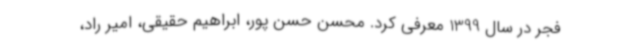
فجر در سال 1399 معرفی کرد. محسن حسن پور، ابراهیم حقیقی، امیر راد،